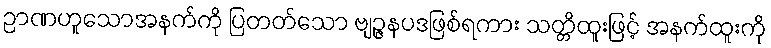
ဉာဏဟူသောအနက်ကို ပြတတ်သော ဗျဉ္ဇနပဒဖြစ်ရကား သတ္တိထူးဖြင့် အနက်ထူးကို